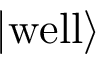
| \mathrm { w e l l } \rangle